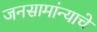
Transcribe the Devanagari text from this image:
जनसामांन्याचे